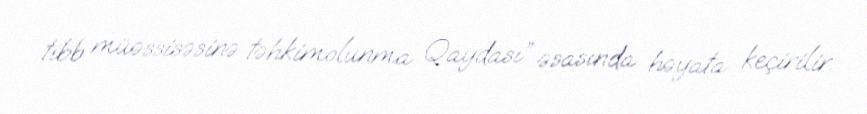
tibb müəssisəsinə təhkimolunma Qaydası” əsasında həyata keçirilir.